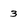
Character: 3